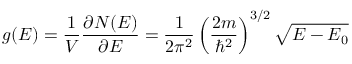
g ( E ) = { \frac { 1 } { V } } { \frac { \partial N ( E ) } { \partial E } } = { \frac { 1 } { 2 \pi ^ { 2 } } } \left( { \frac { 2 m } { \hbar ^ { 2 } } } \right) ^ { 3 / 2 } { \sqrt { E - E _ { 0 } } }